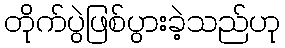
တိုက်ပွဲဖြစ်ပွားခဲ့သည်ဟု